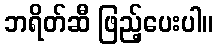
ဘရိတ်ဆီ ဖြည့်ပေးပါ။